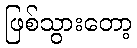
ဖြစ်သွားတော့